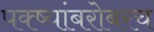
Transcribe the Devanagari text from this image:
पक्ष्यांबरोबरच